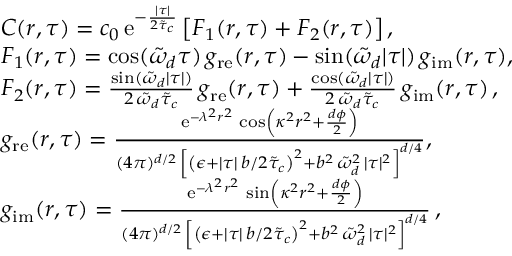
\begin{array} { r l } & { C ( r , \tau ) = c _ { 0 } \, \mathrm { e } ^ { - \frac { \lvert \tau \rvert } { 2 \tilde { \tau } _ { c } } } \left[ F _ { 1 } ( r , \tau ) + F _ { 2 } ( r , \tau ) \right] , } \\ & { F _ { 1 } ( r , \tau ) = \cos ( \tilde { \omega } _ { d } \tau ) \, g _ { \mathrm { r e } } ( r , \tau ) - \sin ( \tilde { \omega } _ { d } \lvert \tau \rvert ) \, g _ { \mathrm { i m } } ( r , \tau ) , } \\ & { F _ { 2 } ( r , \tau ) = \frac { \sin ( \tilde { \omega } _ { d } \lvert \tau \rvert ) } { 2 \, \tilde { \omega } _ { d } \tilde { \tau } _ { c } } \, g _ { \mathrm { r e } } ( r , \tau ) + \frac { \cos ( \tilde { \omega } _ { d } \lvert \tau \rvert ) } { 2 \, \tilde { \omega } _ { d } \tilde { \tau } _ { c } } \, g _ { \mathrm { i m } } ( r , \tau ) \, , } \\ & { g _ { \mathrm { r e } } ( r , \tau ) = \frac { \mathrm { e } ^ { - \lambda ^ { 2 } r ^ { 2 } } \, \cos \left( \kappa ^ { 2 } r ^ { 2 } + \frac { d \phi } { 2 } \right) } { ( 4 \pi ) ^ { d / 2 } \, \left[ \left( \epsilon + \lvert \tau \rvert \, b / 2 \tilde { \tau } _ { c } \right) ^ { 2 } + b ^ { 2 } \, \tilde { \omega } _ { d } ^ { 2 } \, \lvert \tau \rvert ^ { 2 } \right] ^ { d / 4 } } , } \\ & { g _ { \mathrm { i m } } ( r , \tau ) = \frac { \mathrm { e } ^ { - \lambda ^ { 2 } r ^ { 2 } } \, \sin \left( \kappa ^ { 2 } r ^ { 2 } + \frac { d \phi } { 2 } \right) } { ( 4 \pi ) ^ { d / 2 } \, \left[ \left( \epsilon + \lvert \tau \rvert \, b / 2 \tilde { \tau } _ { c } \right) ^ { 2 } + b ^ { 2 } \, \tilde { \omega } _ { d } ^ { 2 } \, \lvert \tau \rvert ^ { 2 } \right] ^ { d / 4 } } \, , } \end{array}